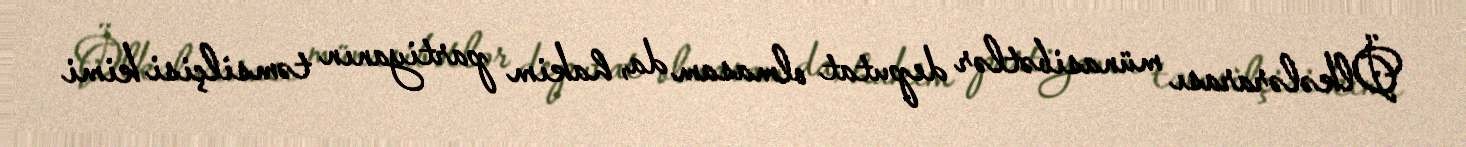
Ölkələrarası münasibətlər deputat olmasam da, hakim partiyanın təmsilçisi kimi